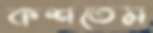
কশতেম